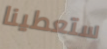
ستعطينا